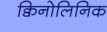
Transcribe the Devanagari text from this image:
क्विनोलिनिक